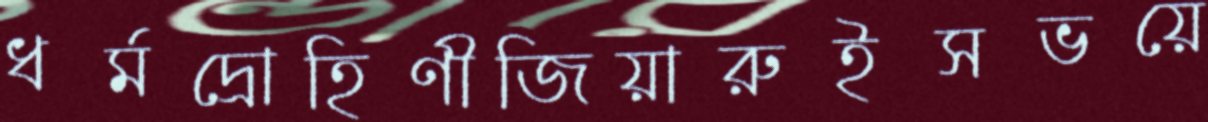
ধর্মদ্রোহিণীজিয়ারুইসভয়ে